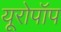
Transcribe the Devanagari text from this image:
यूरोपॉप